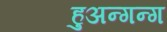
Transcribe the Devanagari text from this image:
हुअन्गन्ग